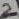
Text: 2